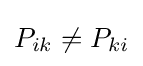
P_{ik}\neq P_{ki}